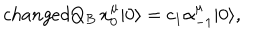
c h a n g e d Q _ { B } \, x _ { 0 } ^ { \mu } | 0 \rangle = c _ { 1 } \alpha _ { - 1 } ^ { \mu } | 0 \rangle ,